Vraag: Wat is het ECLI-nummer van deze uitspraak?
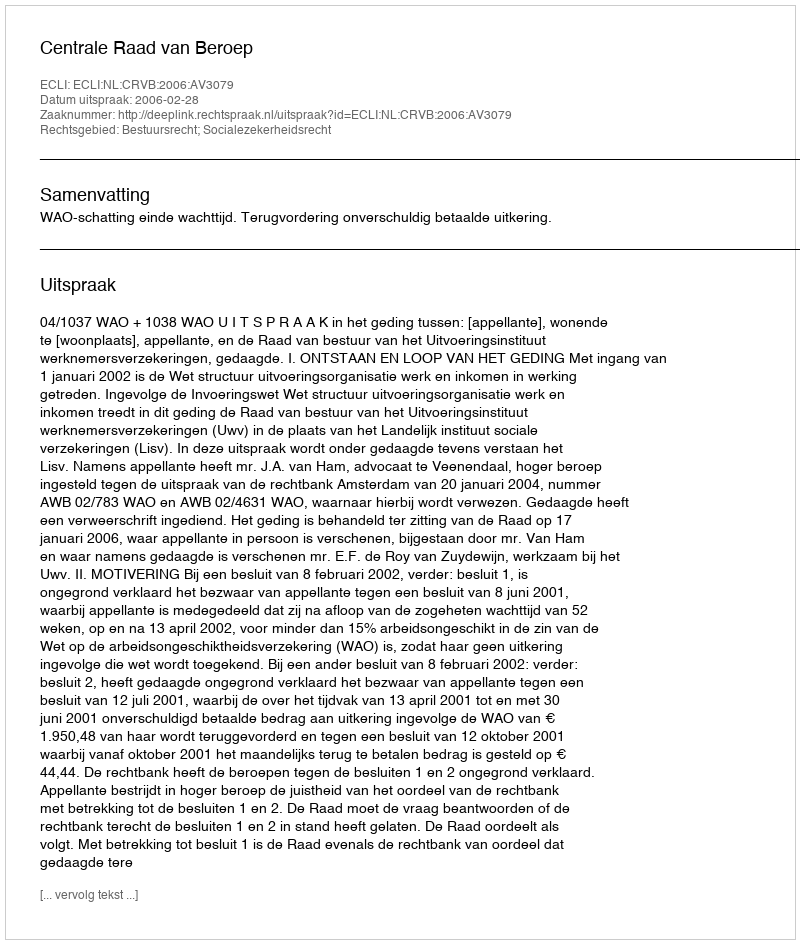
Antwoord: ECLI:NL:CRVB:2006:AV3079